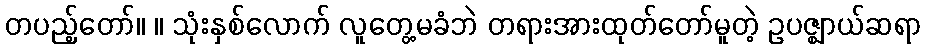
တပည့်တော်။ ။ သုံးနှစ်လောက် လူတွေ့မခံဘဲ တရားအားထုတ်တော်မူတဲ့ ဥပဇ္ဈာယ်ဆရာ